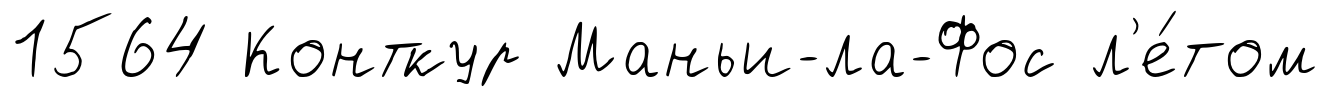
1564 Конткур Маньи-ла-Фос л'е́том